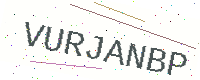
Text: VURJANBP